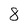
Character: 8